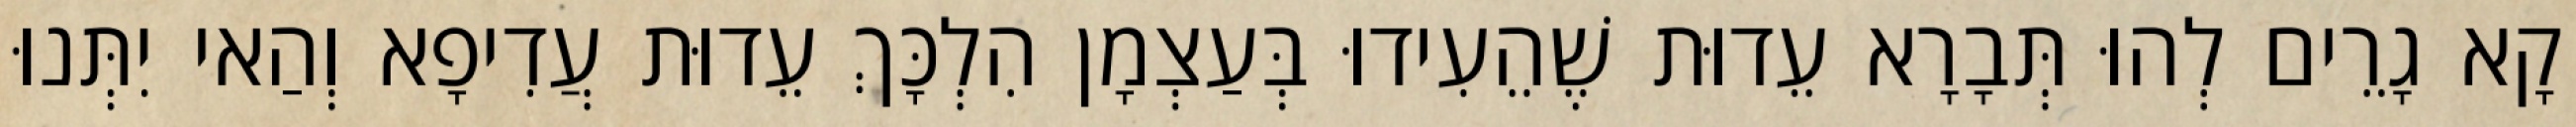
קָא גָרֵים לְהוּ תְּבָרָא עֵדוּת שֶׁהֵעִידוּ בְּעַצְמָן הִלְכָּךְ עֵדוּת עֲדִיפָא וְהַאי יִתְּנוּ